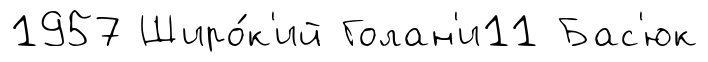
1957 Широ́к'ий Голан'и11 Бас'юк